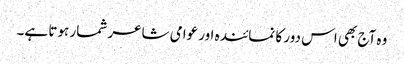
وہ آج بھی اس دور کا نمائندہ اور عوامی شاعر شمار ہوتا ہے۔